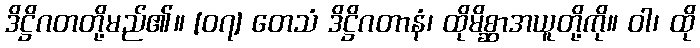
ဒိဋ္ဌိဂတတို့မည်၏။ [၀၇] တေသံ ဒိဋ္ဌိဂတာနံ၊ ထိုမိစ္ဆာအယူတို့ကို။ ဝါ၊ ထို